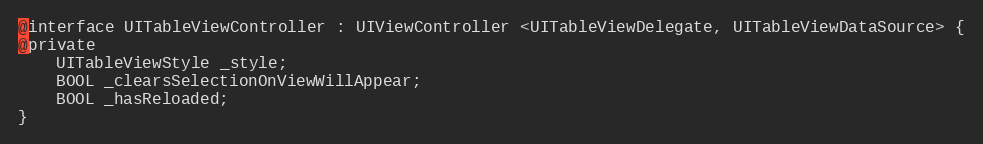
Language: C
@interface UITableViewController : UIViewController <UITableViewDelegate, UITableViewDataSource> {
@private
    UITableViewStyle _style;
    BOOL _clearsSelectionOnViewWillAppear;
    BOOL _hasReloaded;
}